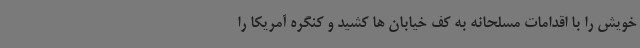
خویش را با اقدامات مسلحانه به کف خیابان ها کشید و کنگره آمریکا را